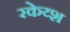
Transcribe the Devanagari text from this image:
रकेय्श